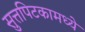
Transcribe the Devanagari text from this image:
सुत्तपिटकामध्ये